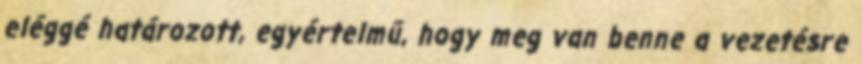
eléggé határozott, egyértelmű, hogy meg van benne a vezetésre